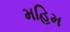
મહિમ